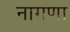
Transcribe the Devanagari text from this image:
नागणा